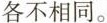
各不相同。